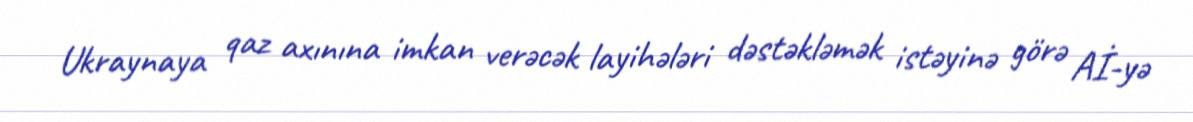
Ukraynaya qaz axınına imkan verəcək layihələri dəstəkləmək istəyinə görə Aİ-yə